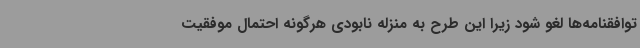
توافقنامه‌ها لغو شود زیرا این طرح به منزله نابودی هرگونه احتمال موفقیت